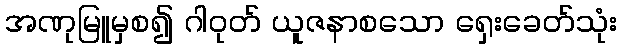
အဏုမြူမှစ၍ ဂါဝုတ် ယူဇနာစသော ရှေးခေတ်သုံး